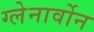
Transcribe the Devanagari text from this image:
ग्लेनार्वोन